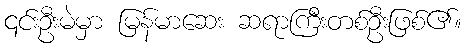
၎င်းဦးမဲမှာ မြန်မာဆေး ဆရာကြီးတစ်ဦးဖြစ်၏။